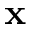
\mathbf { x }